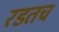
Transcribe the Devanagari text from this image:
रडतच